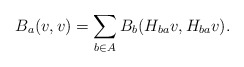
\begin{align*}B_a(v,v)=\sum_{b\in A}{B_b( H_{ba}v, H_{ba}v) }.\end{align*}